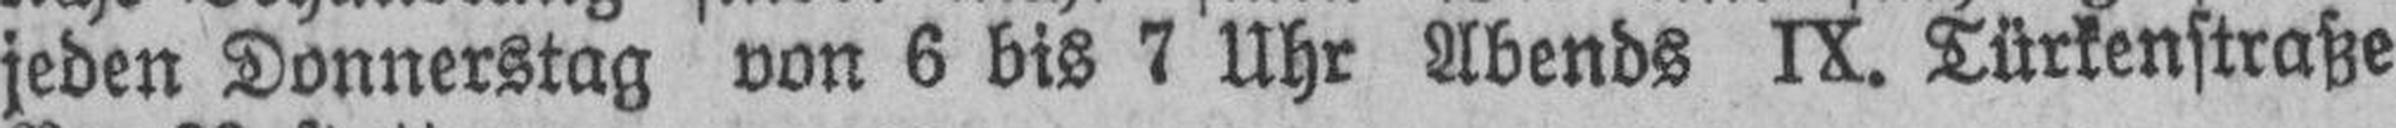
jeden Donnerstag von 6 bis 7 Uhr Abends IX. Türkenstraße